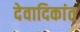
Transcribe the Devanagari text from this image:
देवादिकांत